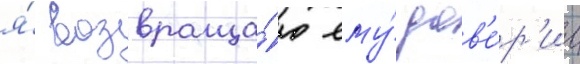
я́ возвраща́ю ему́ дов'е́р'ие